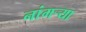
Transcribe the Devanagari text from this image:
नांगर्‍या